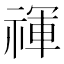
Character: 禈